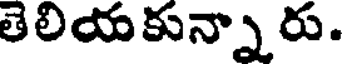
తెలియకున్నారు.